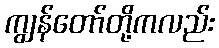
ကျွန်တော်တို့ကလည်း